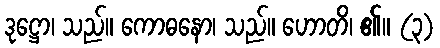
ဒုဋ္ဌော၊ သည်။ ကောဓနော၊ သည်။ ဟောတိ၊ ၏။ (၃)